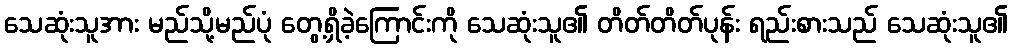
သေဆုံးသူအား မည်သို့မည်ပုံ တွေ့ရှိခဲ့ကြောင်းကို သေဆုံးသူ၏ တိတ်တိတ်ပုန်း ရည်းစားသည် သေဆုံးသူ၏